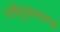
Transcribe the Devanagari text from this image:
कौतुककला